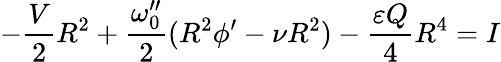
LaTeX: -\frac{V}{2}R^{2}+\frac{\omega_{0}^{\prime\prime}}{2}(R^{2}\phi^{\prime}-\nu R^{2})-\frac{\varepsilon Q}{4}R^{4}=I